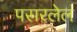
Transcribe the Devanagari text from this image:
पसरलेलं